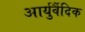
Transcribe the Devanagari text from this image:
आर्युर्वैदिक